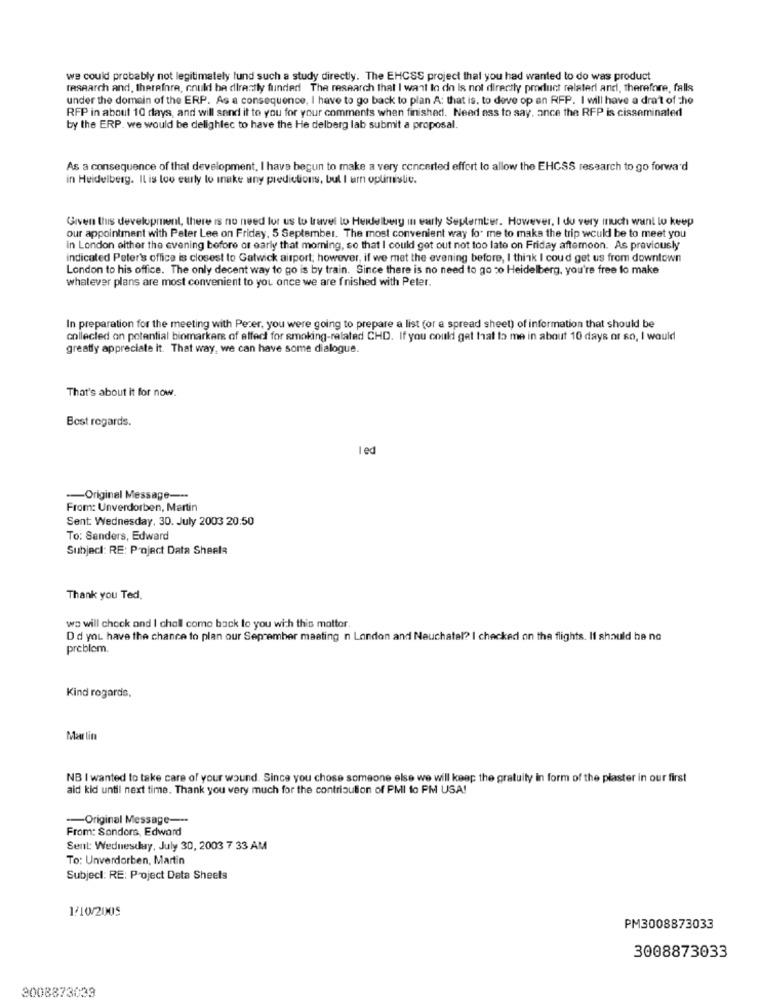
we could probably not legitimately fund such a study directly. The EHCSS project that you had wanted to do was product
research and, therefore, could be directly funded The research that I want to do Is not directly product relaterl and, therefore, falls
under the domain of the ERP. As a consequence, I have to go back to plan A: that is. to deve op an RFP. I will have a draft of the
RFP in about 10 days, and will send it to you for your comments when finished. Need ass to say, ance the RFP is cisseminated
by the ERP. we would be delighlec to have the He delberg lab submit a proposal.
As a consequence of that development, I have begun to make a very concerted effort to allow the EHCSS research to go forward
in Heidelberg. Il is too early to make any predictions, but I am optimistic.
Given this development, there is no need for us to travel to Heidelberg in early September. However, I do very much want to keep
our appointment with Peter Lee on Friday, 5 September. The most convenient way for me to make the trip would be to meet you
in London either the evening before or early that morning, so that I could get out not too late on Friday afternoon. As previously
indicated Peter's office is closest to Gatwick airport; however, if we met the evening before, I think I coud get us from downtown
London to his office. The only decent way to go is by train. Since there is no need to go zo Heidelberg, you're free to make
whatever plans are most convenient to you once we are fnished with Peler.
In preparation for the meeting with Perer, you were going to prepare a list (or a spread sheet) of information that should be
collected on potential biomarkers of affect for smoking-related CHD. If you could get that to me in about 10 days or so, I would
greatly appreciate it. That way, we can have some dialogue.
That's about it for now.
Best regards.
I ed
-- Original Message ---
From: Unverdorben, Martin
Sent: Wednesday, 30. July 2003 20:50
To: Senders, Edward
Subject: RE: Project Data Sheela
Thank you Ted.
wo will check and I chall come back to you with this matter.
Did you have the chance to plan our September maating n London and Neuchatel? I checked on the flights. If should ha no
problem.
Kind rogarde,
Marlin
NB I wanted to take care of your wound. Since you chose someone else we will keep the gratuity in form of the plaster in our first
aid kid until next time. Thank you very much for the contribution of PMl to PM USA!
-- Original Message ---
From: Sondors, Edward
Sent: Wednesday, July 30, 2003 7 33 AM
To: Unverdorben, Martin
Subject: RE: Project Data Sheets
1/10/2005
PM3008873033
3008873033
3008873039